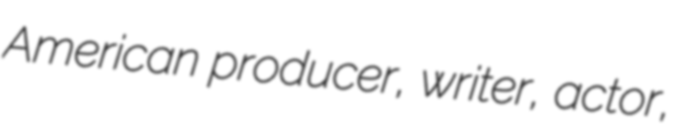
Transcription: American producer, writer, actor,